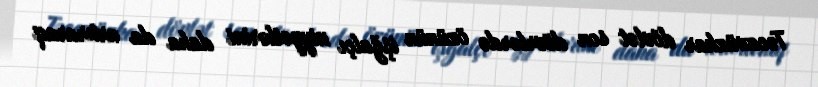
Təcavüzkar dövlət son dövrlərdə özünün işğalçı niyyətlərini daha da artıraraq